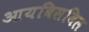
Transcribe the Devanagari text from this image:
आयबिसबिल